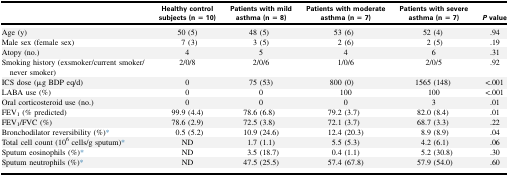
<table><thead><tr><td></td><td><b>Healthy control subjects (n = 10)</b></td><td><b>Patients with mild asthma (n = 8)</b></td><td><b>Patients with moderate asthma (n = 7)</b></td><td><b>Patients with severe asthma (n = 7)</b></td><td><b><i>P</i> value</b></td></tr></thead><tbody><tr><td>Age (y)</td><td>50 (5)</td><td>48 (5)</td><td>53 (6)</td><td>52 (4)</td><td>.94</td></tr><tr><td>Male sex (female sex)</td><td>7 (3)</td><td>3 (5)</td><td>2 (6)</td><td>2 (5)</td><td>.19</td></tr><tr><td>Atopy (no.)</td><td>4</td><td>5</td><td>4</td><td>6</td><td>.31</td></tr><tr><td>Smoking history (exsmoker/current smoker/never smoker)</td><td>2/0/8</td><td>2/0/6</td><td>1/0/6</td><td>2/0/5</td><td>.92</td></tr><tr><td>ICS dose (μg BDP eq/d)</td><td>0</td><td>75 (53)</td><td>800 (0)</td><td>1565 (148)</td><td>&lt;.001</td></tr><tr><td>LABA use (%)</td><td>0</td><td>0</td><td>100</td><td>100</td><td>&lt;.001</td></tr><tr><td>Oral corticosteroid use (no.)</td><td>0</td><td>0</td><td>0</td><td>3</td><td>.01</td></tr><tr><td>FEV<sub>1</sub> (% predicted)</td><td>99.9 (4.4)</td><td>78.6 (6.8)</td><td>79.2 (3.7)</td><td>82.0 (8.4)</td><td>.01</td></tr><tr><td>FEV<sub>1</sub>/FVC (%)</td><td>78.6 (2.9)</td><td>72.5 (3.8)</td><td>72.1 (3.7)</td><td>68.7 (3.3)</td><td>.22</td></tr><tr><td>Bronchodilator reversibility (%)∗</td><td>0.5 (5.2)</td><td>10.9 (24.6)</td><td>12.4 (20.3)</td><td>8.9 (8.9)</td><td>.04</td></tr><tr><td>Total cell count (10<sup>6</sup> cells/g sputum)∗</td><td>ND</td><td>1.7 (1.1)</td><td>5.5 (5.3)</td><td>4.2 (6.1)</td><td>.06</td></tr><tr><td>Sputum eosinophils (%)∗</td><td>ND</td><td>3.5 (18.7)</td><td>0.4 (1.1)</td><td>5.2 (30.8)</td><td>.30</td></tr><tr><td>Sputum neutrophils (%)∗</td><td>ND</td><td>47.5 (25.5)</td><td>57.4 (67.8)</td><td>57.9 (54.0)</td><td>.60</td></tr></tbody></table>